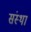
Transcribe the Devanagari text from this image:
संस्थां